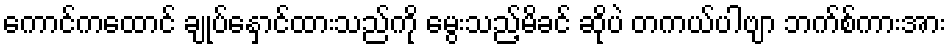
ကောင်ကထောင် ချုပ်နှောင်ထားသည်ကို မွေးသည့်မိခင် ဆိုပဲ တကယ်ပါဗျာ ဘက်စ်ကားအား